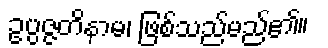
ဥပ္ပဇ္ဇတိနာမ၊ ဖြစ်သည်မည်၏။